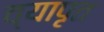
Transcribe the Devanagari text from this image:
व्यापृत